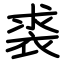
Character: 裘